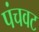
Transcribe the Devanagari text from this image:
पंचवट